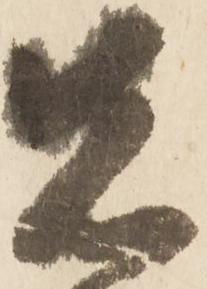
先